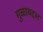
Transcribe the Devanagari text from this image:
मुळाबद्दल